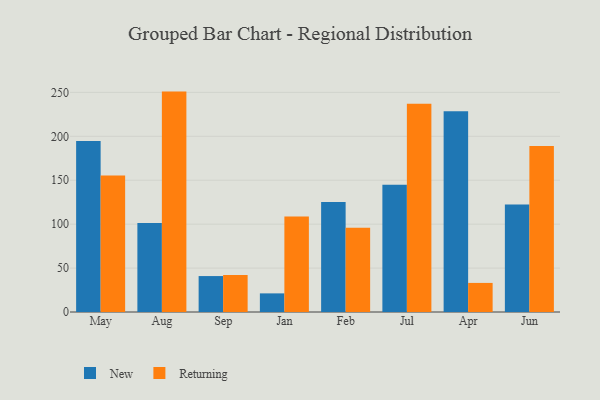
{"axis": {"x": "Month", "y": "Budget (USD K)"}, "legend": ["New", "Returning"], "data": [{"x": "May", "y": 194.8, "type": "New"}, {"x": "May", "y": 155.3, "type": "Returning"}, {"x": "Aug", "y": 101.2, "type": "New"}, {"x": "Aug", "y": 250.9, "type": "Returning"}, {"x": "Sep", "y": 40.9, "type": "New"}, {"x": "Sep", "y": 42.0, "type": "Returning"}, {"x": "Jan", "y": 21.2, "type": "New"}, {"x": "Jan", "y": 108.7, "type": "Returning"}, {"x": "Feb", "y": 125.2, "type": "New"}, {"x": "Feb", "y": 95.9, "type": "Returning"}, {"x": "Jul", "y": 144.9, "type": "New"}, {"x": "Jul", "y": 237.1, "type": "Returning"}, {"x": "Apr", "y": 228.5, "type": "New"}, {"x": "Apr", "y": 33.1, "type": "Returning"}, {"x": "Jun", "y": 122.4, "type": "New"}, {"x": "Jun", "y": 189.0, "type": "Returning"}]}